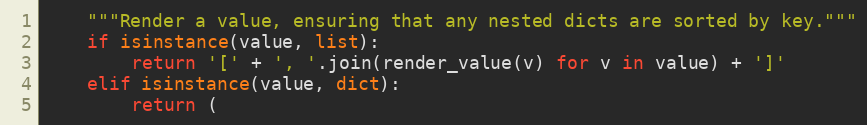
Language: Python
    """Render a value, ensuring that any nested dicts are sorted by key."""
    if isinstance(value, list):
        return '[' + ', '.join(render_value(v) for v in value) + ']'
    elif isinstance(value, dict):
        return (